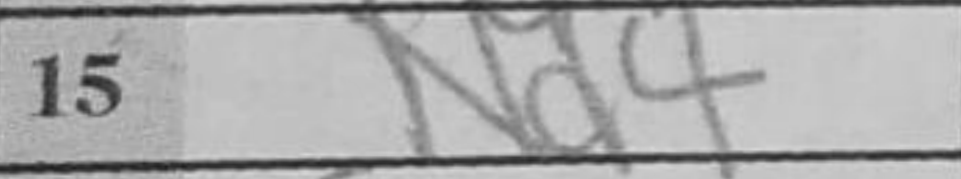
Transcription: Nd4